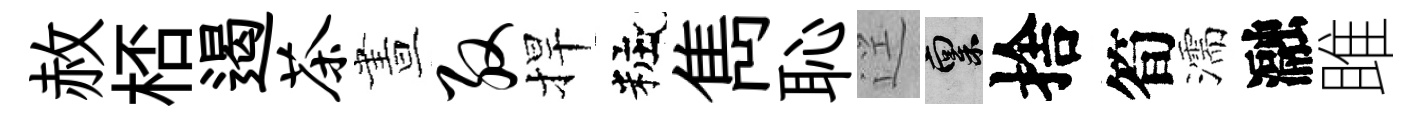
赦桮遏茶晝殷捍粧雋恥逕禀捨筍濡瀜雎